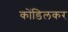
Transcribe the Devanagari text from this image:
कोंडिलकर